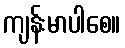
ကျန်းမာပါစေ။